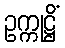
ဥက္ကုဋ္ဌိံ